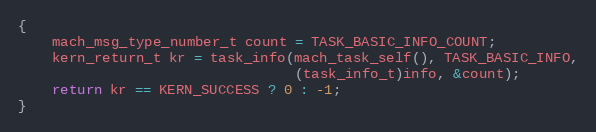
Language: C
{
    mach_msg_type_number_t count = TASK_BASIC_INFO_COUNT;
    kern_return_t kr = task_info(mach_task_self(), TASK_BASIC_INFO,
                                 (task_info_t)info, &count);
    return kr == KERN_SUCCESS ? 0 : -1;
}